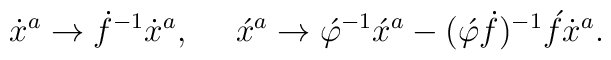
\dot{x}{}^a  \rightarrow \dot{f}{}^{-1}\dot{x}{}^a,\,\,\,\,\,\,\,\, \acute{x}^a  \rightarrow\acute{\varphi}{}^{-1}\acute{x}{}^a -(\acute{\varphi}\dot{f}){}^{-1}\acute{f}\dot{x}{}^a.